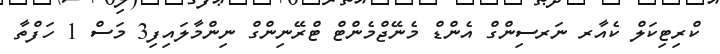
ކްރިޓިކަލް ކެއާރ ނަރސިންގް އެންޑް މެނޭޖްމެންޓް ޓްރޭނިންގް ނިންމާލައިފި3 މަސް 1 ހަފްތާ